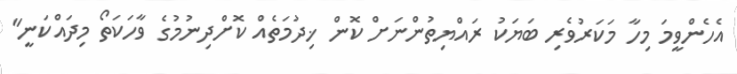
އެހެންވީމަ މިހާ މަކަރުވެރި ބަޔަކު ރައްޔިތުންނަށް ކޮން ޚިދުމަތެއް ކޮށްދިނުމުގެ ވާހަކަތޯ މިދައްކަނީ"